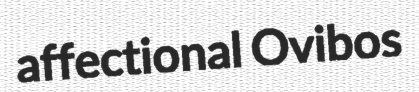
affectional Ovibos